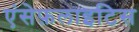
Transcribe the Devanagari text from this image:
एंसेफ़लाइटिस